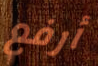
أرفع